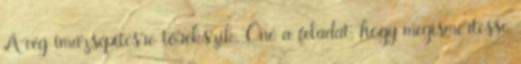
A cég imázsépítésre törekszik. Öné a feladat, hogy megismertesse